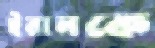
ইরানকে